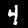
Digit: 4